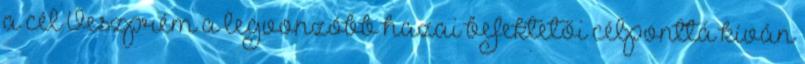
a cél Veszprém a legvonzóbb hazai befektetői célponttá kíván